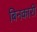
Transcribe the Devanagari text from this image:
बिनकारी